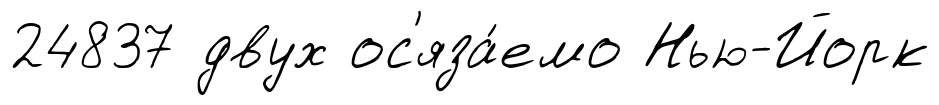
24837 двух ос'яза́емо Нью-Йорк